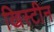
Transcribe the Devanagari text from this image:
ख्रिस्टीन